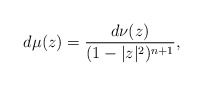
\begin{align*} d\mu(z)=\frac {d\nu(z)}{(1-|z|^2)^{n+1}},\end{align*}